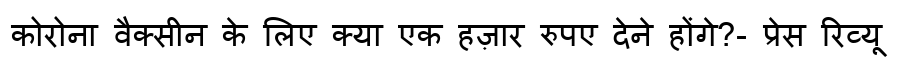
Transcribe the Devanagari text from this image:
कोरोना वैक्सीन के लिए क्या एक हज़ार रुपए देने होंगे?- प्रेस रिव्यू